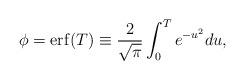
LaTeX: \begin{align*}\phi=\mathrm{erf}(T)\equiv \frac{2}{\sqrt{\pi}}\int_0^Te^{-u^2}du, \end{align*}